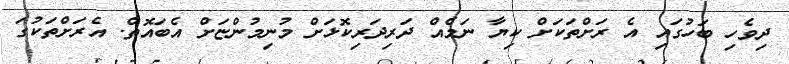
ދިވެހި ބަހުގައި އެ ރަށްތަކަށް ކިޔާ ނަމެއް ދަރިދަރިކޮޅަށް މުނިމުންޏަށް އެބައޮތް. އެރަށްތަކުގަ